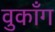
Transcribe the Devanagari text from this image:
वुकाँग